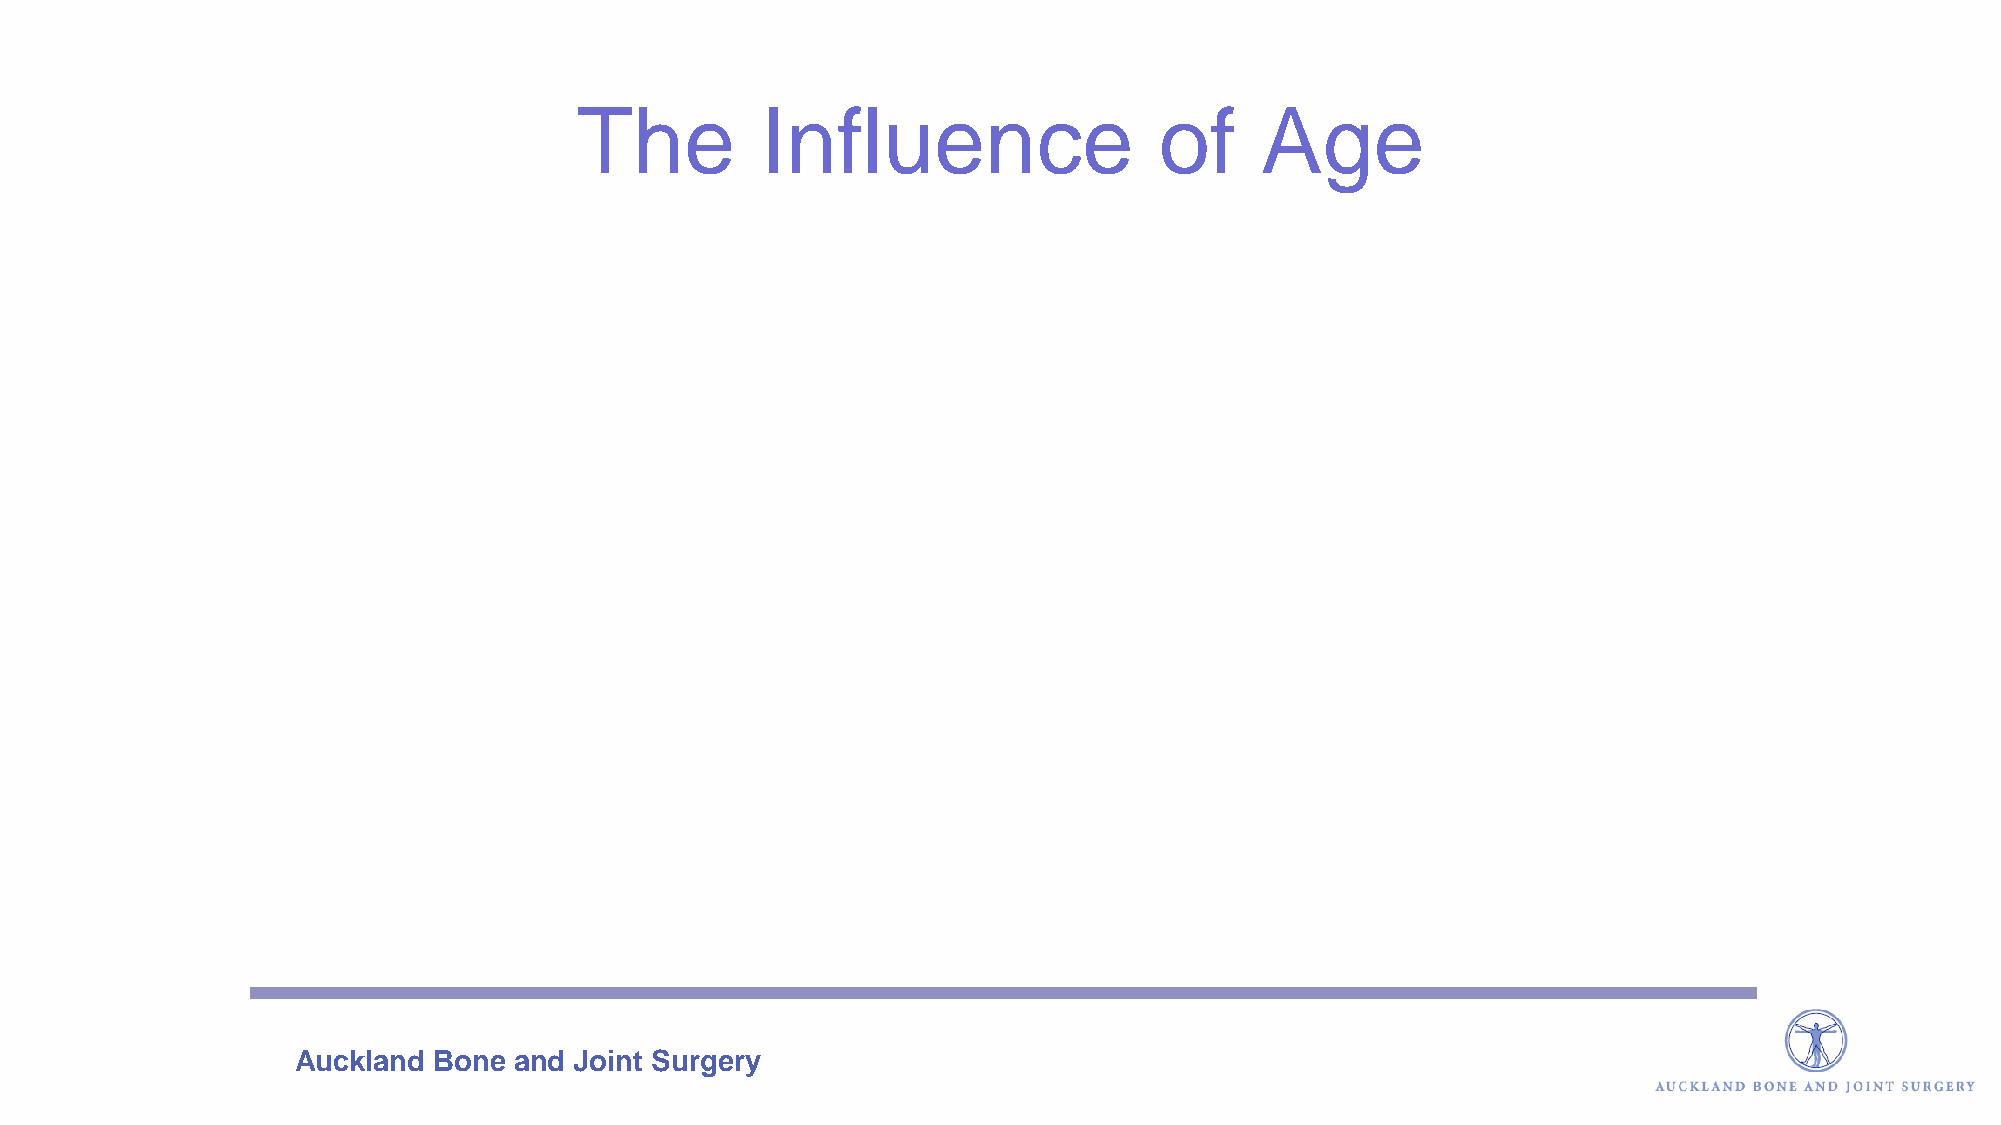
The         Influence                  of    Age
 Auckland  Bone and Joint Surgery